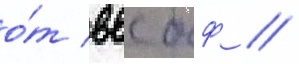
о́т ввс бф /